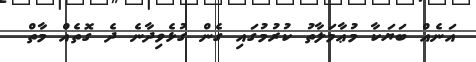
އަނެއް ބަޔަކާ މުޢާމަލާތު ކުރުމުގައި ގެން ގުޅެވިދާނެ ދެ ގޮތެއް މާތް